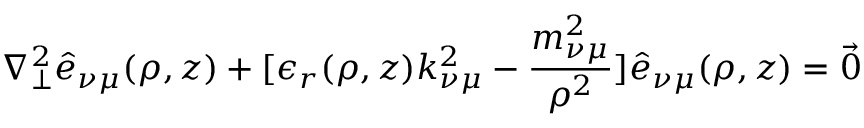
\nabla _ { \perp } ^ { 2 } \hat { e } _ { \nu \mu } ( \rho , z ) + [ \epsilon _ { r } ( \rho , z ) k _ { \nu \mu } ^ { 2 } - \frac { m _ { \nu \mu } ^ { 2 } } { \rho ^ { 2 } } ] \hat { e } _ { \nu \mu } ( \rho , z ) = { \vec { 0 } }